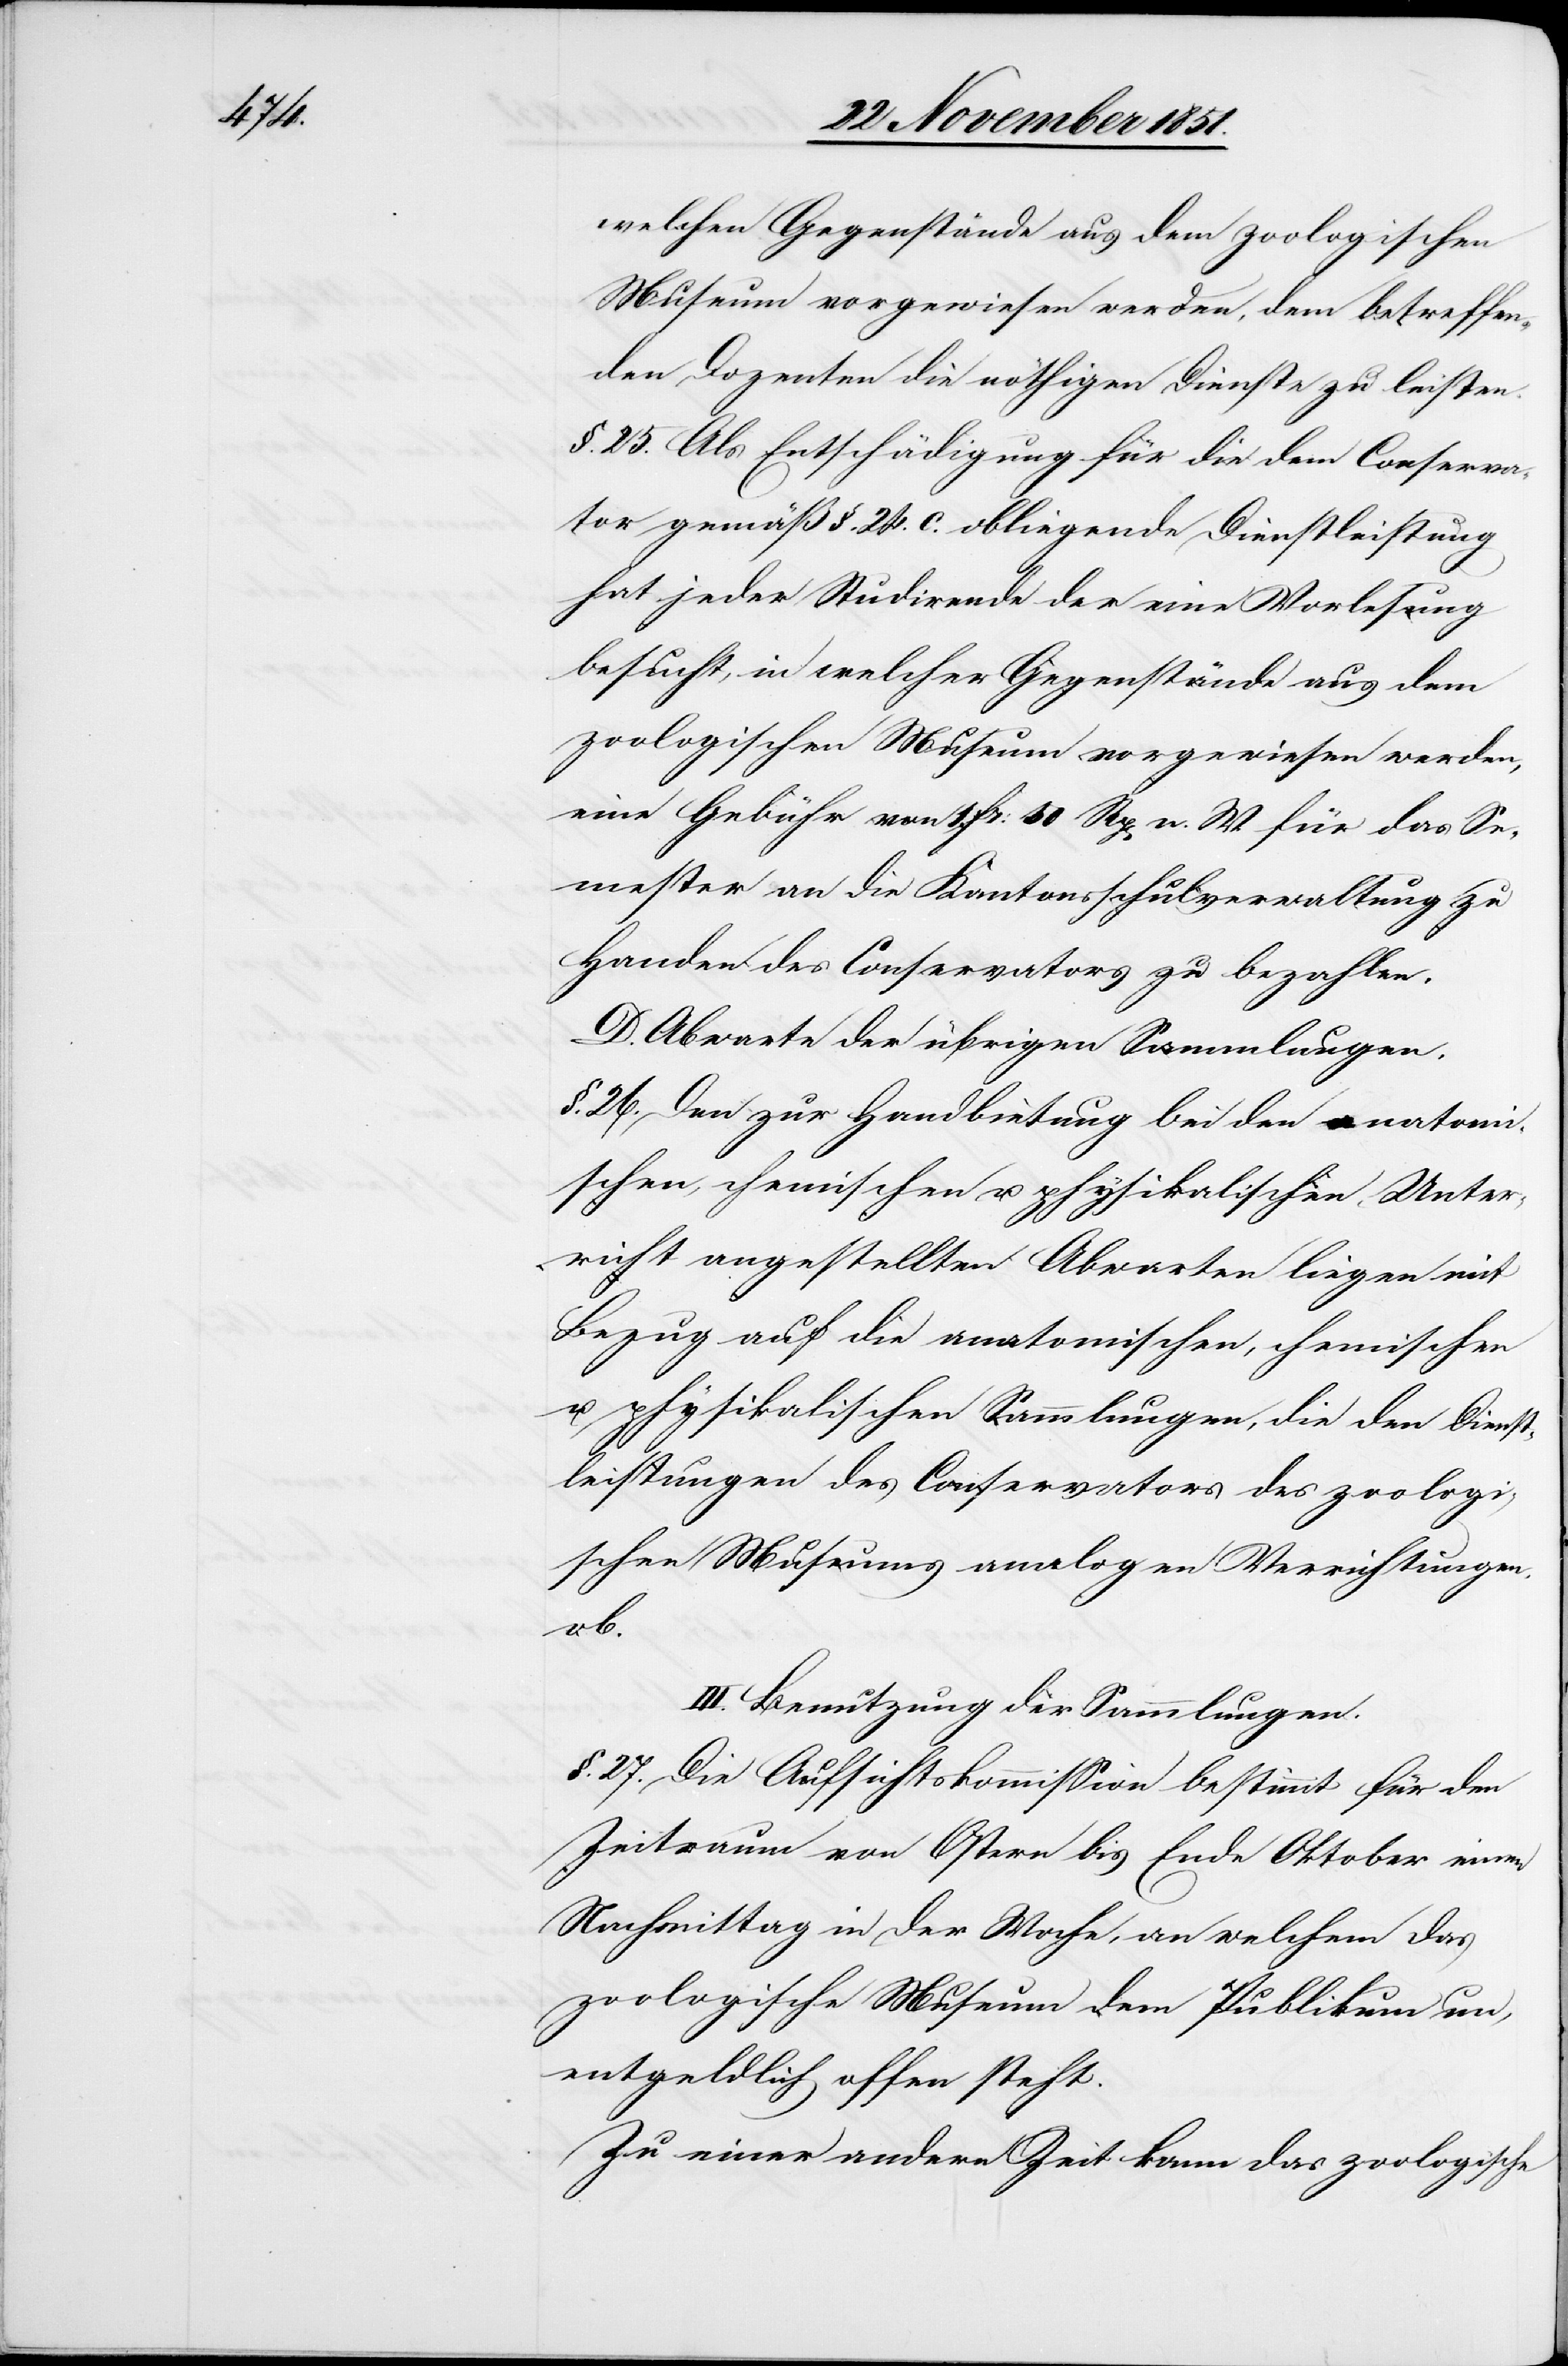
welchen Gegenstände aus dem zoologischen
Museum vorgewiesen werden, dem betreffen¬
den Dozenten die nöthigen Dienste zu leisten.
§. 25. Als Entschädigung für die dem Conserva¬
tor gemäß §. 24. c. obliegende Dienstleistung
hat jeder Studirende der eine Vorlesung
besucht, in welcher Gegenstände aus dem
zoologischen Museum vorgewiesen werden,
eine Gebühr von 1. Fr: 50 Rp[en] n. W. für das Se¬
mester an die Kantonsschulverwaltung zu
Handen des Conservators zu bezahlen.
D. Abwarte der übrigen Sammlungen.
§. 26. Den zur Handbietung bei den anatomi¬
schen, chemischen u. physikalischen Unter¬
richt angestellten Abwarten liegen mit
Bezug auf die anatomischen, chemischen
u. physikalischen Sammlungen, die den Dienst¬
leistungen des Conservators des zoologi¬
schen Museums analogen Verrichtungen
ob.
III. Benutzung der Sammlungen.
§. 27. Die Aufsichtskommission bestimmt für den
Zeitraum von Ostern bis Ende Oktober einen
Nachmittag in der Woche, an welchem das
zoologische Museum dem Publikum un¬
entgeldlich offen steht.
Zu einer andern Zeit kann das zoologische